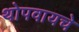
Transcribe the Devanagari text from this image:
थोपवायचे